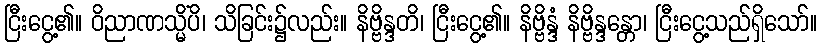
ငြီးငွေ့၏။ ဝိညာဏသ္မိံပိ၊ သိခြင်း၌လည်း။ နိဗ္ဗိန္ဒတိ၊ ငြီးငွေ့၏။ နိဗ္ဗိန္ဒံ နိဗ္ဗိန္ဒန္တော၊ ငြီးငွေ့သည်ရှိသော်။